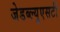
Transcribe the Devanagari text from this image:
जेडब्ल्युएसटी